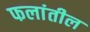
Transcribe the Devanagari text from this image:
फलांतील